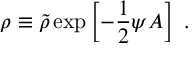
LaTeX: \rho \equiv { \widetilde \rho } \exp \left[ - { \frac { 1 } { 2 } } \psi A \right] ~ .